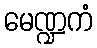
မေဏ္ဍကံ